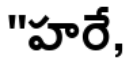
"హరే,